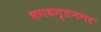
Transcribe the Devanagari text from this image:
भगवन्तनगर